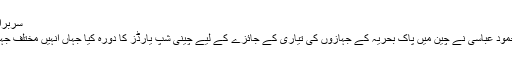
سربراہ پاک بحریہ کا چینی شپ یارڈز کا دورہ -
بیجنگ: سربراہ پاک بحریہ ایڈمرل ظفر محمود عباسی نے چین میں پاک بحریہ کے جہازوں کی تیاری کے جائزے کے لیے چینی شپ یارڈز کا دورہ کیا جہاں انہیں مختلف جہاز سازی کی سہولیات پر بریفنگ دی گئی۔